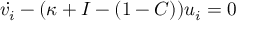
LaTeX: \dot { v _ { i } } - ( \kappa + I - ( 1 - C ) ) u _ { i } = 0